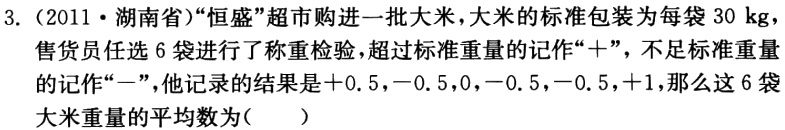
3.（2011·湖南省）“恒盛”超市购进一批大米，大米的标准包装为每袋\(30\mathrm{kg}\)，售货员任选\(6\)袋进行了称重检验，超过标准重量的记作“\(+\)”，不足标准重量的记作“\(-\)”，他记录的结果是\( + 0.5\)，\(-0.5\)，\(0\)，\(-0.5\)，\(-0.5\)，\(+1\)，那么这\(6\)袋大米重量的平均数为(  )